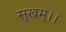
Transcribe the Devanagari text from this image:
सुखम्।।